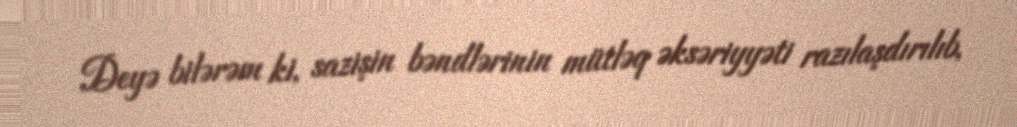
Deyə bilərəm ki, sazişin bəndlərinin mütləq əksəriyyəti razılaşdırılıb,